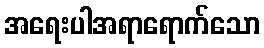
အရေးပါအရာရောက်သော